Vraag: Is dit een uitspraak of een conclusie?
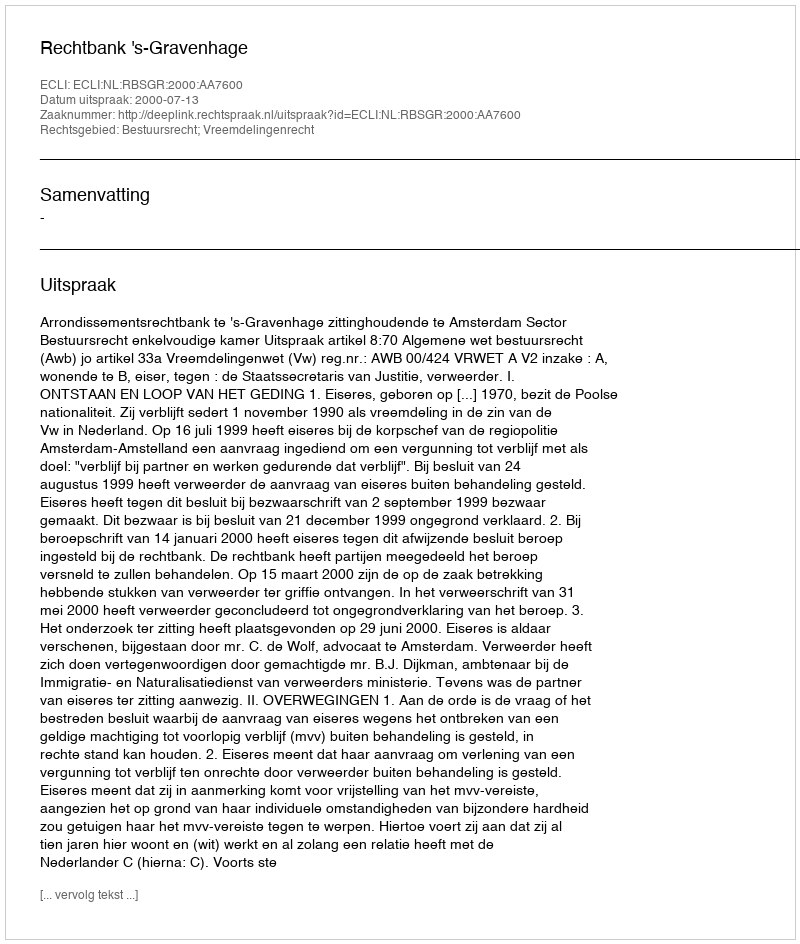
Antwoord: Uitspraak